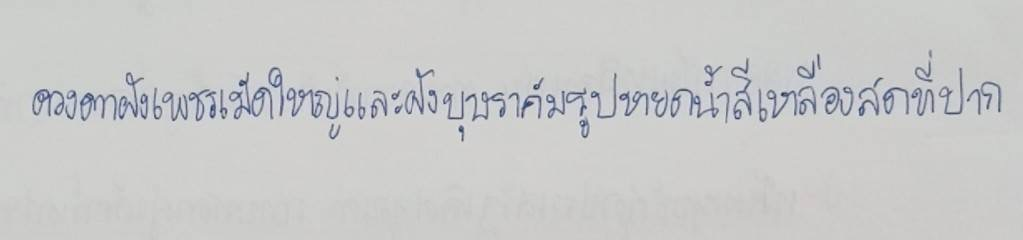
ดวงตาฝังเพชรเม็ดใหญ่และฝังบุษราคัมรูปหยดน้ำสีเหลืองสดที่ปาก